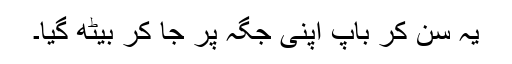
یہ سْن کر باپ اپنی جگہ پر جا کر بیٹھ گیا۔